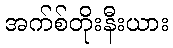
အက်စ်တိုးနီးယား